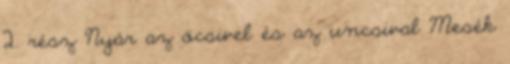
2. rész Nyár az öcsivel és az uncsival Mesék